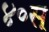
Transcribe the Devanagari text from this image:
४०स्